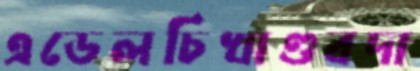
এডেলচিখাণ্ডবদা